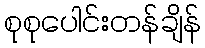
စုစုပေါင်းတန်ချိန်